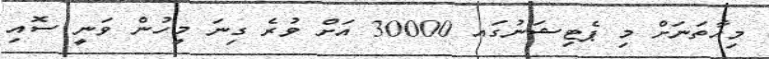
މިހާތަނަށް މި ޕެޓިޝަނުގައ 30000 އަށް ވުރެ ގިނަ މީހުން ވަނީ ސޮއި